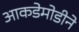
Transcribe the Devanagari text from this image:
आकडेमोडीने